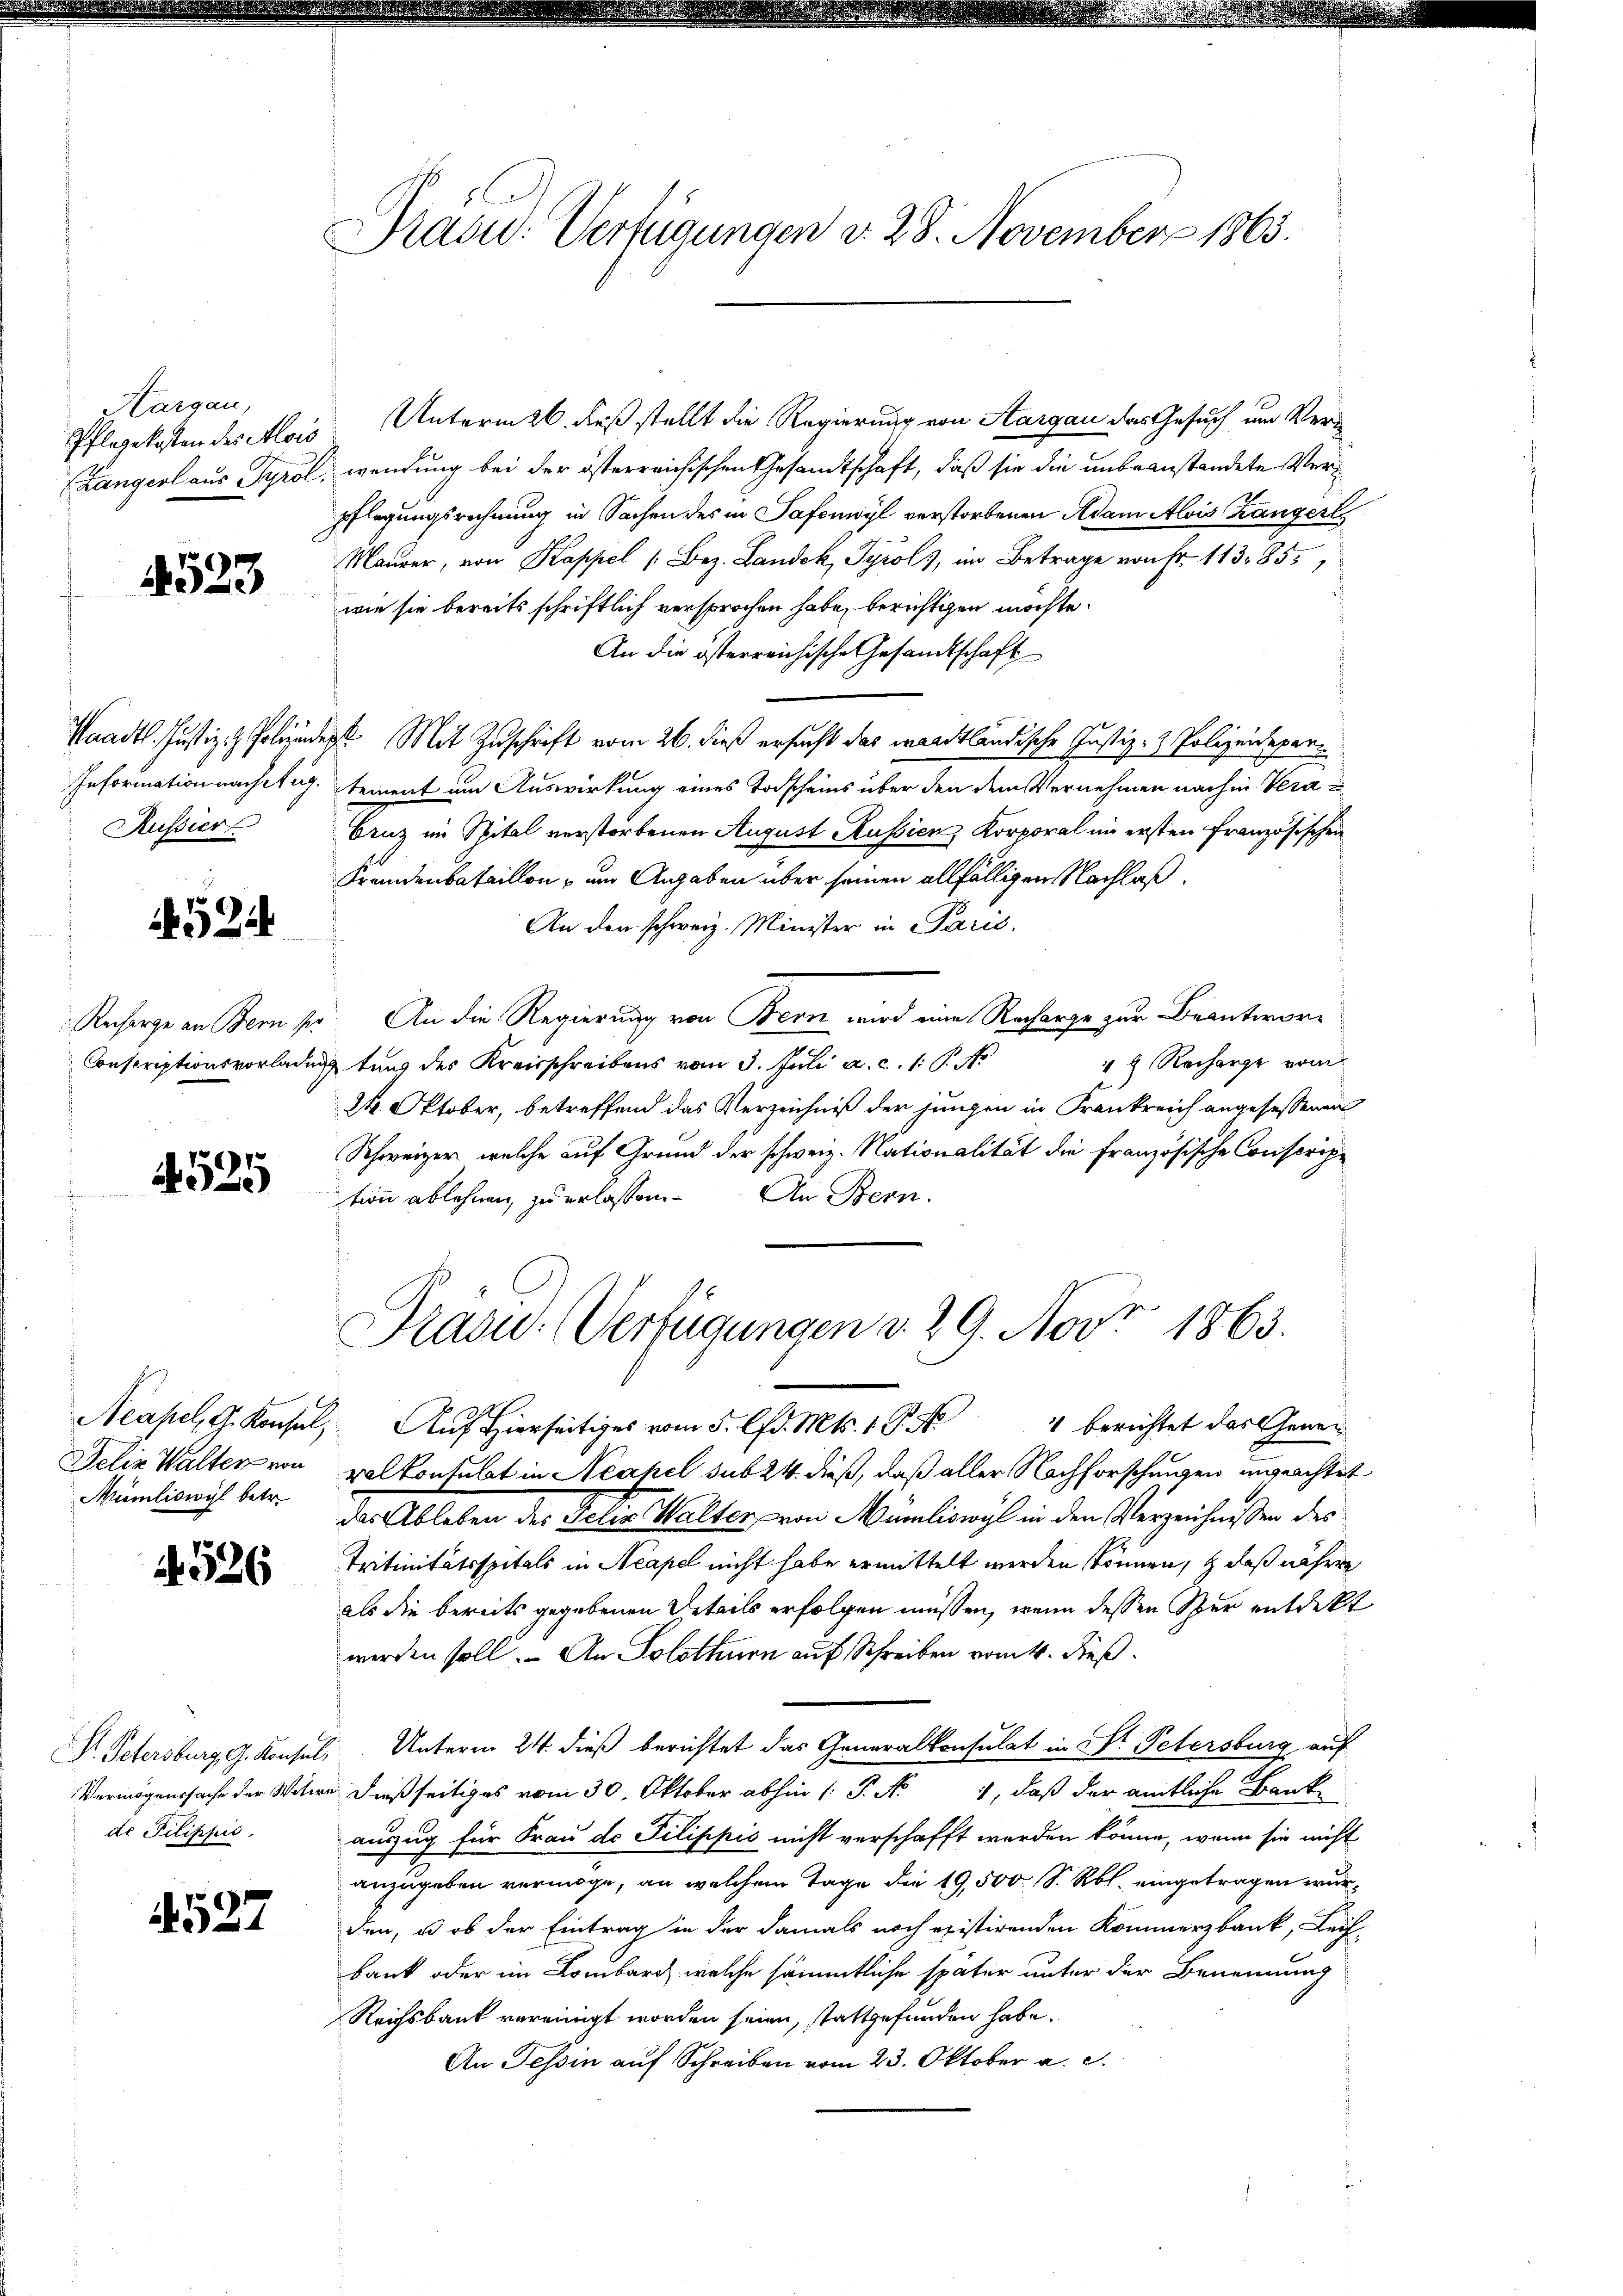
z Cargau,
Pflegekosten des Alois
(Langerl aus Tyrol.

4523

Russier

524

Recharge an Bern per

)
A

Felix Walter von
Mümliswyl betr.

4526

de Pilippić.

4527

Präud. Verfügungen d. 28. November 1863.

Unterm 26. dieß stellt die Regierung von Aargau das Gesuch um Ver¬
 wendung bei der österreichischen Gesandtschaft, daß sie die unbeanstandete Verpflegungsrechnung in Sachen des in Safenwyl verstorbenen Adam Alois Langerl
Maurer, von Kappel (Bez. Landek, Tyrol, im Betrage von Fr. 113. 85.
wie sie bereits schriftlich versprochen habe, berichtigen möchte.
An die österreichische Gesandtschaft
Waadt. Justiz- & Polizenden Mit Zuschrift vom 26. dieß ersucht das waadtländische Justiz- & Polizeidepar¬
Information nachweig. Sement am Auswirkung eines Todscheins über den dem Vernehmen nach in Vera
Cruz im Spital verstorbenen August Russien Korporal im ersten Französischen
Frandenbataillon, um Angaben über seinen allfälligen Nachlaß
An den schweiz. Minister in Parić,
 An die Regierung von Bern wird eine Recharge zur Beantwor¬
18 Recharge vom
Conscriptionsvorladung tung des Kreisschreibens vom 3. Juli a. c. 1. P. Nr
24. Oktober, betreffend das Verzeichniß der jungen in Frankreich angesessenen
Schweizer, welche auf Grund der schweiz. Nationalität die französische Conscrip
tion ablehnen zu erlassen. An Bern.
Präsid.. Verfügungen v. 29. Nov. 1863.
Acahel, G. Konsul, Auf Hierseitiges vom 5. lfd. Mts. 1 P. Nr. 4 berichtet das Gewervalkonsulat in Neapel sub 24. dieß, daß aller Nachforschungen unpachtet
der Ableben der Jelis alter von Mülionis in den Verzeichnißen des
Tritinitätsspitals in Neapel nicht habe ermittelt werden können, daß nähere
als die bereits gegebenen Details erfolgen müssen, wenn dessen Spur entdekt
werden soll. An Solothurn auf Schreiben vom 4. Fuß.
Dr. Petersburg, G. Konsul, Unterm 24. dieß berichtet das Generalkonsulat in St. Petersburg auf
Vermögenssache der Witire dießseitiges vom 30. Oktober abhin (: P. Nr. 1, daß der amtliche Bank
auszug für Frau de Pilippić nicht verschafft werden könne, wenn sie nicht
anzugeben vermöge, an welchem Tage die 19,500 S. Rbl. eingetragen wurden, u. ob der Eintrag in der damals noch existirenden Kommerzbank, Leih-
bank oder im Lombarg, welche sämmtliche später unter der Benennung
Reichsbank vereinigt worden seien, stattgefunden habe.
An Tessin auf Schreiben vom 23. Oktober a. c.